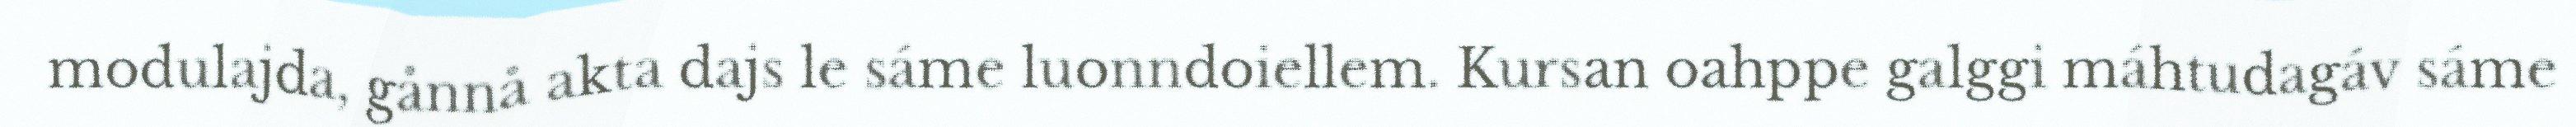
modulajda, gånnå akta dajs le sáme luonndoiellem. Kursan oahppe galggi máhtudagáv sáme